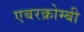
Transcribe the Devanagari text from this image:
एबरक्रोम्बी